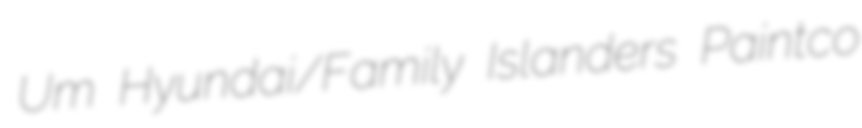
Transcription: Um Hyundai/Family Islanders Paintco